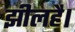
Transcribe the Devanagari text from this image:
झीलहै।